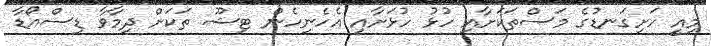
މިއީ ހަށިގަނޑުގެ މަސްތަކަށާއި ހުޅު ހުޅަށާއި އެހެނިހެން ޓިޝޫ ތަކަށް ދިމާވާ ޑިސްއޯޑާ